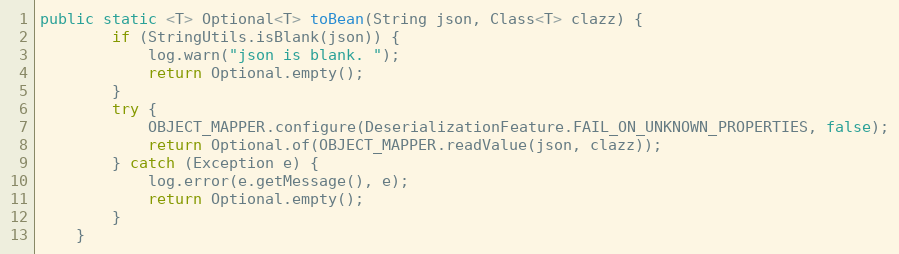
Language: Java
public static <T> Optional<T> toBean(String json, Class<T> clazz) {
        if (StringUtils.isBlank(json)) {
            log.warn("json is blank. ");
            return Optional.empty();
        }
        try {
            OBJECT_MAPPER.configure(DeserializationFeature.FAIL_ON_UNKNOWN_PROPERTIES, false);
            return Optional.of(OBJECT_MAPPER.readValue(json, clazz));
        } catch (Exception e) {
            log.error(e.getMessage(), e);
            return Optional.empty();
        }
    }